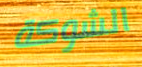
الشوكة